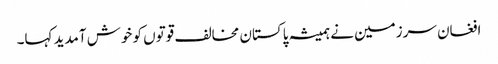
افغان سرزمین نے ہمیشہ پاکستان مخالف قوتوں کو خوش آمدید کہا۔